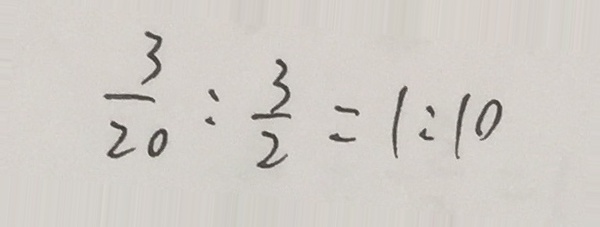
\frac { 3 } { 2 0 } : \frac { 3 } { 2 } = 1 : 1 0